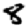
Digit: 8